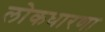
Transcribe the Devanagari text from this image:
लोकधारणा